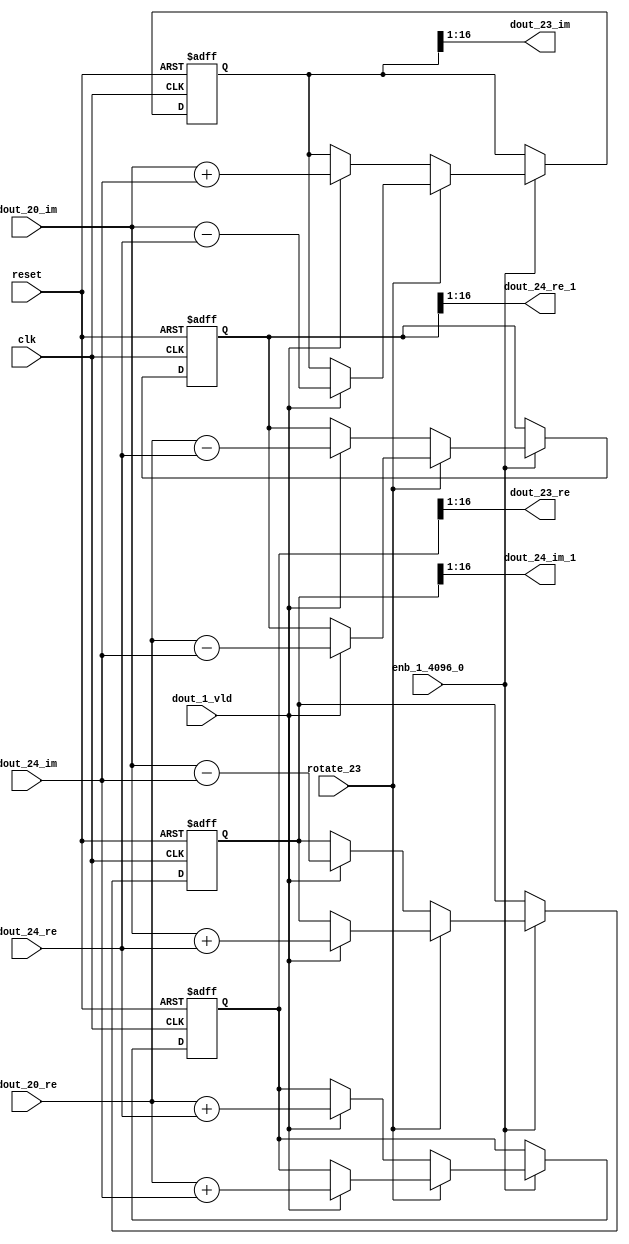
// -------------------------------------------------------------
// 
// 
// Generated by MATLAB 9.14 and HDL Coder 4.1
// 
// -------------------------------------------------------------


// -------------------------------------------------------------
// 
// Module: RADIX22FFT_SDNF2_6_block10
// Source Path: dsphdl.IFFT/RADIX22FFT_SDNF2_6
// Hierarchy Level: 4
// 
// -------------------------------------------------------------

`timescale 1 ns / 1 ns

module RADIX22FFT_SDNF2_6_block10
          (clk,
           reset,
           enb_1_4096_0,
           rotate_23,
           dout_20_re,
           dout_20_im,
           dout_24_re,
           dout_24_im,
           dout_1_vld,
           dout_23_re,
           dout_23_im,
           dout_24_re_1,
           dout_24_im_1);


  input   clk;
  input   reset;
  input   enb_1_4096_0;
  input   rotate_23;  // ufix1
  input   signed [15:0] dout_20_re;  // sfix16_En14
  input   signed [15:0] dout_20_im;  // sfix16_En14
  input   signed [15:0] dout_24_re;  // sfix16_En14
  input   signed [15:0] dout_24_im;  // sfix16_En14
  input   dout_1_vld;
  output  signed [15:0] dout_23_re;  // sfix16_En14
  output  signed [15:0] dout_23_im;  // sfix16_En14
  output  signed [15:0] dout_24_re_1;  // sfix16_En14
  output  signed [15:0] dout_24_im_1;  // sfix16_En14


  reg  Radix22ButterflyG2_NF_din_vld_dly;
  reg signed [16:0] Radix22ButterflyG2_NF_btf1_re_reg;  // sfix17
  reg signed [16:0] Radix22ButterflyG2_NF_btf1_im_reg;  // sfix17
  reg signed [16:0] Radix22ButterflyG2_NF_btf2_re_reg;  // sfix17
  reg signed [16:0] Radix22ButterflyG2_NF_btf2_im_reg;  // sfix17
  reg  Radix22ButterflyG2_NF_din_vld_dly_next;
  reg signed [16:0] Radix22ButterflyG2_NF_btf1_re_reg_next;  // sfix17_En14
  reg signed [16:0] Radix22ButterflyG2_NF_btf1_im_reg_next;  // sfix17_En14
  reg signed [16:0] Radix22ButterflyG2_NF_btf2_re_reg_next;  // sfix17_En14
  reg signed [16:0] Radix22ButterflyG2_NF_btf2_im_reg_next;  // sfix17_En14
  reg signed [15:0] dout_23_re_1;  // sfix16_En14
  reg signed [15:0] dout_23_im_1;  // sfix16_En14
  reg signed [15:0] dout_24_re_2;  // sfix16_En14
  reg signed [15:0] dout_24_im_2;  // sfix16_En14
  reg  dout_6_vld;
  reg signed [16:0] Radix22ButterflyG2_NF_add_cast;  // sfix17_En14
  reg signed [16:0] Radix22ButterflyG2_NF_add_cast_0;  // sfix17_En14
  reg signed [16:0] Radix22ButterflyG2_NF_add_cast_1;  // sfix17_En14
  reg signed [16:0] Radix22ButterflyG2_NF_add_cast_2;  // sfix17_En14
  reg signed [16:0] Radix22ButterflyG2_NF_sub_cast;  // sfix17_En14
  reg signed [16:0] Radix22ButterflyG2_NF_sub_cast_0;  // sfix17_En14
  reg signed [16:0] Radix22ButterflyG2_NF_sub_cast_1;  // sfix17_En14
  reg signed [16:0] Radix22ButterflyG2_NF_sub_cast_2;  // sfix17_En14
  reg signed [16:0] Radix22ButterflyG2_NF_sra_temp;  // sfix17_En14
  reg signed [16:0] Radix22ButterflyG2_NF_add_cast_3;  // sfix17_En14
  reg signed [16:0] Radix22ButterflyG2_NF_add_cast_4;  // sfix17_En14
  reg signed [16:0] Radix22ButterflyG2_NF_add_cast_5;  // sfix17_En14
  reg signed [16:0] Radix22ButterflyG2_NF_add_cast_6;  // sfix17_En14
  reg signed [16:0] Radix22ButterflyG2_NF_sra_temp_0;  // sfix17_En14
  reg signed [16:0] Radix22ButterflyG2_NF_sub_cast_3;  // sfix17_En14
  reg signed [16:0] Radix22ButterflyG2_NF_sub_cast_4;  // sfix17_En14
  reg signed [16:0] Radix22ButterflyG2_NF_sub_cast_5;  // sfix17_En14
  reg signed [16:0] Radix22ButterflyG2_NF_sub_cast_6;  // sfix17_En14
  reg signed [16:0] Radix22ButterflyG2_NF_sra_temp_1;  // sfix17_En14
  reg signed [16:0] Radix22ButterflyG2_NF_sra_temp_2;  // sfix17_En14


  // Radix22ButterflyG2_NF
  always @(posedge clk or posedge reset)
    begin : Radix22ButterflyG2_NF_process
      if (reset == 1'b1) begin
        Radix22ButterflyG2_NF_din_vld_dly <= 1'b0;
        Radix22ButterflyG2_NF_btf1_re_reg <= 17'sb00000000000000000;
        Radix22ButterflyG2_NF_btf1_im_reg <= 17'sb00000000000000000;
        Radix22ButterflyG2_NF_btf2_re_reg <= 17'sb00000000000000000;
        Radix22ButterflyG2_NF_btf2_im_reg <= 17'sb00000000000000000;
      end
      else begin
        if (enb_1_4096_0) begin
          Radix22ButterflyG2_NF_din_vld_dly <= Radix22ButterflyG2_NF_din_vld_dly_next;
          Radix22ButterflyG2_NF_btf1_re_reg <= Radix22ButterflyG2_NF_btf1_re_reg_next;
          Radix22ButterflyG2_NF_btf1_im_reg <= Radix22ButterflyG2_NF_btf1_im_reg_next;
          Radix22ButterflyG2_NF_btf2_re_reg <= Radix22ButterflyG2_NF_btf2_re_reg_next;
          Radix22ButterflyG2_NF_btf2_im_reg <= Radix22ButterflyG2_NF_btf2_im_reg_next;
        end
      end
    end

  always @(Radix22ButterflyG2_NF_btf1_im_reg, Radix22ButterflyG2_NF_btf1_re_reg,
       Radix22ButterflyG2_NF_btf2_im_reg, Radix22ButterflyG2_NF_btf2_re_reg,
       Radix22ButterflyG2_NF_din_vld_dly, dout_1_vld, dout_20_im, dout_20_re,
       dout_24_im, dout_24_re, rotate_23) begin
    Radix22ButterflyG2_NF_add_cast_1 = 17'sb00000000000000000;
    Radix22ButterflyG2_NF_add_cast_2 = 17'sb00000000000000000;
    Radix22ButterflyG2_NF_sub_cast_1 = 17'sb00000000000000000;
    Radix22ButterflyG2_NF_sub_cast_2 = 17'sb00000000000000000;
    Radix22ButterflyG2_NF_add_cast_5 = 17'sb00000000000000000;
    Radix22ButterflyG2_NF_add_cast_6 = 17'sb00000000000000000;
    Radix22ButterflyG2_NF_sub_cast_5 = 17'sb00000000000000000;
    Radix22ButterflyG2_NF_sub_cast_6 = 17'sb00000000000000000;
    Radix22ButterflyG2_NF_add_cast = 17'sb00000000000000000;
    Radix22ButterflyG2_NF_add_cast_0 = 17'sb00000000000000000;
    Radix22ButterflyG2_NF_sub_cast = 17'sb00000000000000000;
    Radix22ButterflyG2_NF_sub_cast_0 = 17'sb00000000000000000;
    Radix22ButterflyG2_NF_add_cast_3 = 17'sb00000000000000000;
    Radix22ButterflyG2_NF_add_cast_4 = 17'sb00000000000000000;
    Radix22ButterflyG2_NF_sub_cast_3 = 17'sb00000000000000000;
    Radix22ButterflyG2_NF_sub_cast_4 = 17'sb00000000000000000;
    Radix22ButterflyG2_NF_btf1_re_reg_next = Radix22ButterflyG2_NF_btf1_re_reg;
    Radix22ButterflyG2_NF_btf1_im_reg_next = Radix22ButterflyG2_NF_btf1_im_reg;
    Radix22ButterflyG2_NF_btf2_re_reg_next = Radix22ButterflyG2_NF_btf2_re_reg;
    Radix22ButterflyG2_NF_btf2_im_reg_next = Radix22ButterflyG2_NF_btf2_im_reg;
    Radix22ButterflyG2_NF_din_vld_dly_next = dout_1_vld;
    if (rotate_23 != 1'b0) begin
      if (dout_1_vld) begin
        Radix22ButterflyG2_NF_add_cast_1 = {dout_20_re[15], dout_20_re};
        Radix22ButterflyG2_NF_add_cast_2 = {dout_24_im[15], dout_24_im};
        Radix22ButterflyG2_NF_btf1_re_reg_next = Radix22ButterflyG2_NF_add_cast_1 + Radix22ButterflyG2_NF_add_cast_2;
        Radix22ButterflyG2_NF_sub_cast_1 = {dout_20_re[15], dout_20_re};
        Radix22ButterflyG2_NF_sub_cast_2 = {dout_24_im[15], dout_24_im};
        Radix22ButterflyG2_NF_btf2_re_reg_next = Radix22ButterflyG2_NF_sub_cast_1 - Radix22ButterflyG2_NF_sub_cast_2;
        Radix22ButterflyG2_NF_add_cast_5 = {dout_20_im[15], dout_20_im};
        Radix22ButterflyG2_NF_add_cast_6 = {dout_24_re[15], dout_24_re};
        Radix22ButterflyG2_NF_btf2_im_reg_next = Radix22ButterflyG2_NF_add_cast_5 + Radix22ButterflyG2_NF_add_cast_6;
        Radix22ButterflyG2_NF_sub_cast_5 = {dout_20_im[15], dout_20_im};
        Radix22ButterflyG2_NF_sub_cast_6 = {dout_24_re[15], dout_24_re};
        Radix22ButterflyG2_NF_btf1_im_reg_next = Radix22ButterflyG2_NF_sub_cast_5 - Radix22ButterflyG2_NF_sub_cast_6;
      end
    end
    else if (dout_1_vld) begin
      Radix22ButterflyG2_NF_add_cast = {dout_20_re[15], dout_20_re};
      Radix22ButterflyG2_NF_add_cast_0 = {dout_24_re[15], dout_24_re};
      Radix22ButterflyG2_NF_btf1_re_reg_next = Radix22ButterflyG2_NF_add_cast + Radix22ButterflyG2_NF_add_cast_0;
      Radix22ButterflyG2_NF_sub_cast = {dout_20_re[15], dout_20_re};
      Radix22ButterflyG2_NF_sub_cast_0 = {dout_24_re[15], dout_24_re};
      Radix22ButterflyG2_NF_btf2_re_reg_next = Radix22ButterflyG2_NF_sub_cast - Radix22ButterflyG2_NF_sub_cast_0;
      Radix22ButterflyG2_NF_add_cast_3 = {dout_20_im[15], dout_20_im};
      Radix22ButterflyG2_NF_add_cast_4 = {dout_24_im[15], dout_24_im};
      Radix22ButterflyG2_NF_btf1_im_reg_next = Radix22ButterflyG2_NF_add_cast_3 + Radix22ButterflyG2_NF_add_cast_4;
      Radix22ButterflyG2_NF_sub_cast_3 = {dout_20_im[15], dout_20_im};
      Radix22ButterflyG2_NF_sub_cast_4 = {dout_24_im[15], dout_24_im};
      Radix22ButterflyG2_NF_btf2_im_reg_next = Radix22ButterflyG2_NF_sub_cast_3 - Radix22ButterflyG2_NF_sub_cast_4;
    end
    Radix22ButterflyG2_NF_sra_temp = Radix22ButterflyG2_NF_btf1_re_reg >>> 8'd1;
    dout_23_re_1 = Radix22ButterflyG2_NF_sra_temp[15:0];
    Radix22ButterflyG2_NF_sra_temp_0 = Radix22ButterflyG2_NF_btf1_im_reg >>> 8'd1;
    dout_23_im_1 = Radix22ButterflyG2_NF_sra_temp_0[15:0];
    Radix22ButterflyG2_NF_sra_temp_1 = Radix22ButterflyG2_NF_btf2_re_reg >>> 8'd1;
    dout_24_re_2 = Radix22ButterflyG2_NF_sra_temp_1[15:0];
    Radix22ButterflyG2_NF_sra_temp_2 = Radix22ButterflyG2_NF_btf2_im_reg >>> 8'd1;
    dout_24_im_2 = Radix22ButterflyG2_NF_sra_temp_2[15:0];
    dout_6_vld = Radix22ButterflyG2_NF_din_vld_dly;
  end



  assign dout_23_re = dout_23_re_1;

  assign dout_23_im = dout_23_im_1;

  assign dout_24_re_1 = dout_24_re_2;

  assign dout_24_im_1 = dout_24_im_2;

endmodule  // RADIX22FFT_SDNF2_6_block10